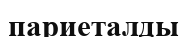
париеталды